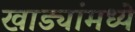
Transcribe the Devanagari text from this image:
खाड्यांमध्ये